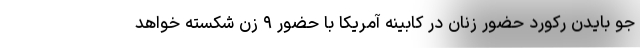
جو بایدن رکورد حضور زنان در کابینه آمریکا با حضور ۹ زن شکسته خواهد